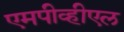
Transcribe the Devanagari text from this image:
एमपीव्हीएल